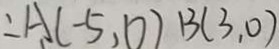
\therefore A ( - 5 , 0 ) B ( 3 , 0 )